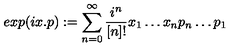
e x p ( i x . p ) : = \sum _ { n = 0 } ^ { \infty } \frac { i ^ { n } } { [ n ] ! } x _ { 1 } \ldots x _ { n } p _ { n } \ldots p _ { 1 }